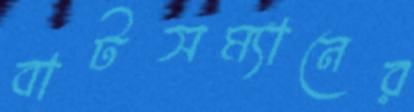
বাটসম্যানের